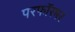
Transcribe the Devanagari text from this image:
परफॉरमर